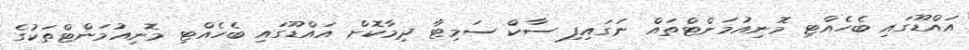
އައްޑޫގައި ބެހެއްޓި މޮނިއުމަންޓްތައް ނަގައިފި ސާކް ސަމިޓާ ދިމާކޮށް އައްޑޫގައި ބެހެއްޓި މޮނިއުމަންޓްތަކުގެ